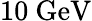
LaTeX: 10\mathrm{\ GeV}